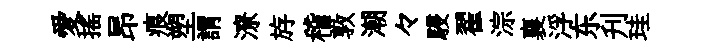
愛摇昂痕塑謂潦斿稽敦潮々駸翟淙襄浮东刋珪